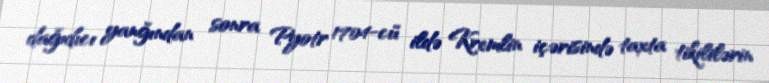
dağıdıcı yanğından sonra Pyotr 1704-cü ildə Kremlin içərisində taxta tikililərin